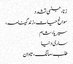
زنا، جنسی تشدد
سوانح حیات، زندگینامہ،
سیریا، شام
ساری دنیا
طلب، مانگ، تاوان